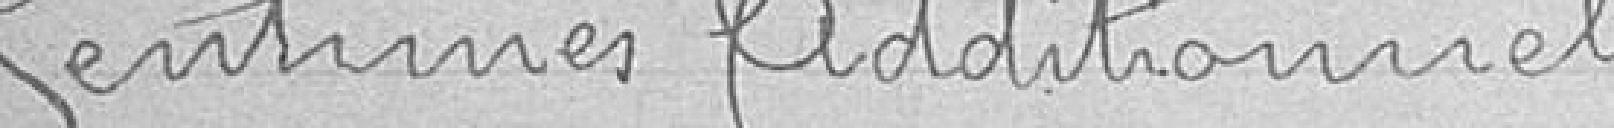
Centimes additionnels